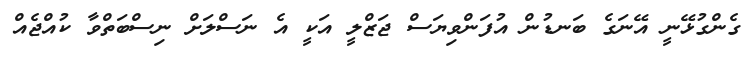
ގެންގުޅޭނީ އޭނަގެ ބަނޑުން އުފަންވިޔަސް ޖަޒްލީ އަކީ އެ ނަސްލަށް ނިސްބަތްވާ ކުއްޖެއް